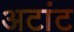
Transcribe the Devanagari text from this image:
अटांट